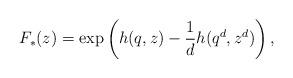
LaTeX: \begin{align*}F_*(z)=\exp\left(h(q,z)-\frac{1}{d}h(q^{d},z^{d})\right),\end{align*}